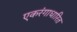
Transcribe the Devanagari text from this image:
एकरंगाधारित